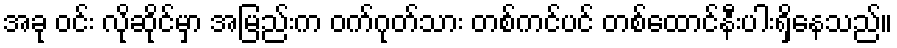
အခု ဝင်း လိုဆိုင်မှာ အမြည်းက ဝက်ဂုတ်သား တစ်ကင်ပင် တစ်ထောင်နီးပါးရှိနေသည်။